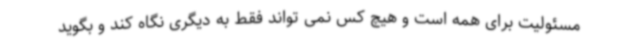
مسئولیت برای همه است و هیچ کس نمی تواند فقط به دیگری نگاه کند و بگوید